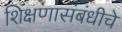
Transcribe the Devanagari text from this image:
शिक्षणासंबंधीचे